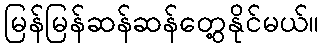
မြန်မြန်ဆန်ဆန်တွေ့နိုင်မယ်။